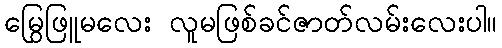
မြွေဖြူမလေး လူမဖြစ်ခင်ဇာတ်လမ်းလေးပါ။